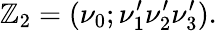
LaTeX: \mathbb{Z}_{2}=(\nu_{0};\nu_{1}^{\prime}\nu_{2}^{\prime}\nu_{3}^{\prime}).